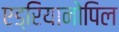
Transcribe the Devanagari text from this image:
एड्रियानोपिल